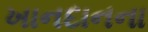
ખાનદાનના